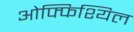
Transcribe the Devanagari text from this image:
ओफ्फिश्यिल